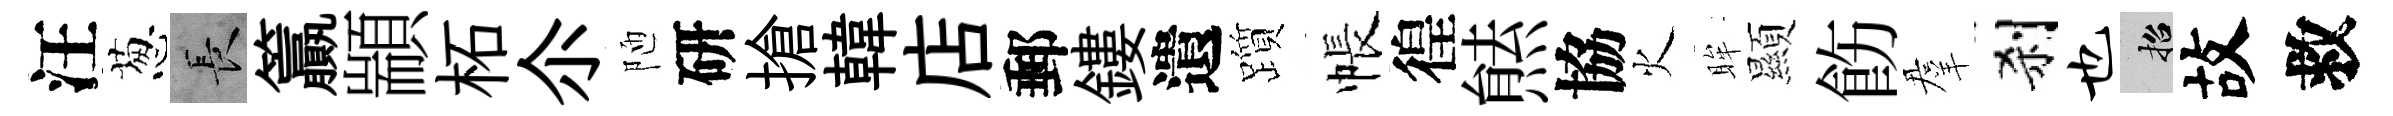
汪葱长籯顓柘尒陋研搶韓店郵鏤遺躓帳徨㷱協火眸顯飭羣刹也招故救